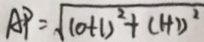
A P = \sqrt { ( 0 + 1 ) ^ { 2 } + ( 1 + 1 ) ^ { 2 } }